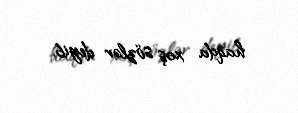
haqda xoş sözlər deyib.